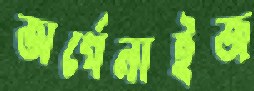
অর্গেনাইজ